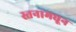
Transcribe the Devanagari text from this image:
स्तनामधून